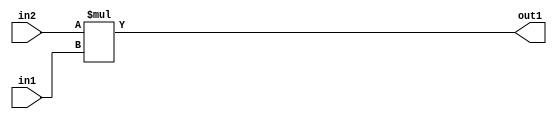
`timescale 1ps / 1ps
/*****************************************************************************
    Verilog RTL Description
    
    
    Created by: Stratus DpOpt 2019.1.01 
*******************************************************************************/

module SobelFilter_Mul_9Ux8U_17U_1 (
	in2,
	in1,
	out1
	); /* architecture "behavioural" */ 
input [8:0] in2;
input [7:0] in1;
output [16:0] out1;
wire [16:0] asc001;

assign asc001 = 
	+(in2 * in1);

assign out1 = asc001;
endmodule

/* CADENCE  urnzSAk= : u9/ySgnWtBlWxVPRXgAZ4Og= ** DO NOT EDIT THIS LINE ******/